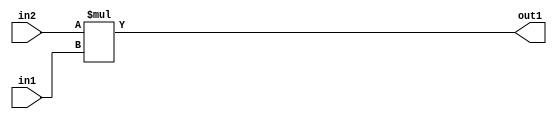
`timescale 1ps / 1ps
/*****************************************************************************
    Verilog RTL Description
    
    
    Created by: Stratus DpOpt 2019.1.01 
*******************************************************************************/

module SobelFilter_Mul_9Ux8U_17U_1 (
	in2,
	in1,
	out1
	); /* architecture "behavioural" */ 
input [8:0] in2;
input [7:0] in1;
output [16:0] out1;
wire [16:0] asc001;

assign asc001 = 
	+(in2 * in1);

assign out1 = asc001;
endmodule

/* CADENCE  urnzSAk= : u9/ySgnWtBlWxVPRXgAZ4Og= ** DO NOT EDIT THIS LINE ******/